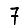
Digit: 7